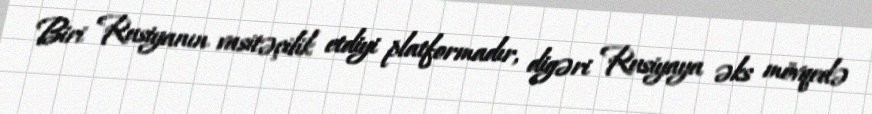
Biri Rusiyanın vasitəçilik etdiyi platformadır, digəri Rusiyaya əks mövqedə